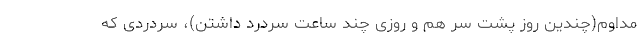
مداوم(چندین روز پشت سر هم و روزی چند ساعت سردرد داشتن)، سردردی که